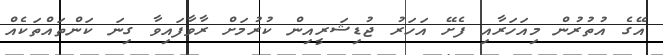
އޭގެ އުތުރުން މިއަހަރާއި ފެށޭ އަހަރު ޖުޑިޝަރީއިން ކުރުމަށް ރާވާފައިވާ ގިނަ ކަންތައްތަކެއް